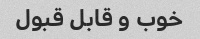
خوب و قابل قبول